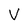
Character: V